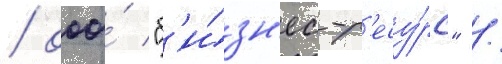
/ ооо́ "б'и́зн'ес-р'есу́рс" /